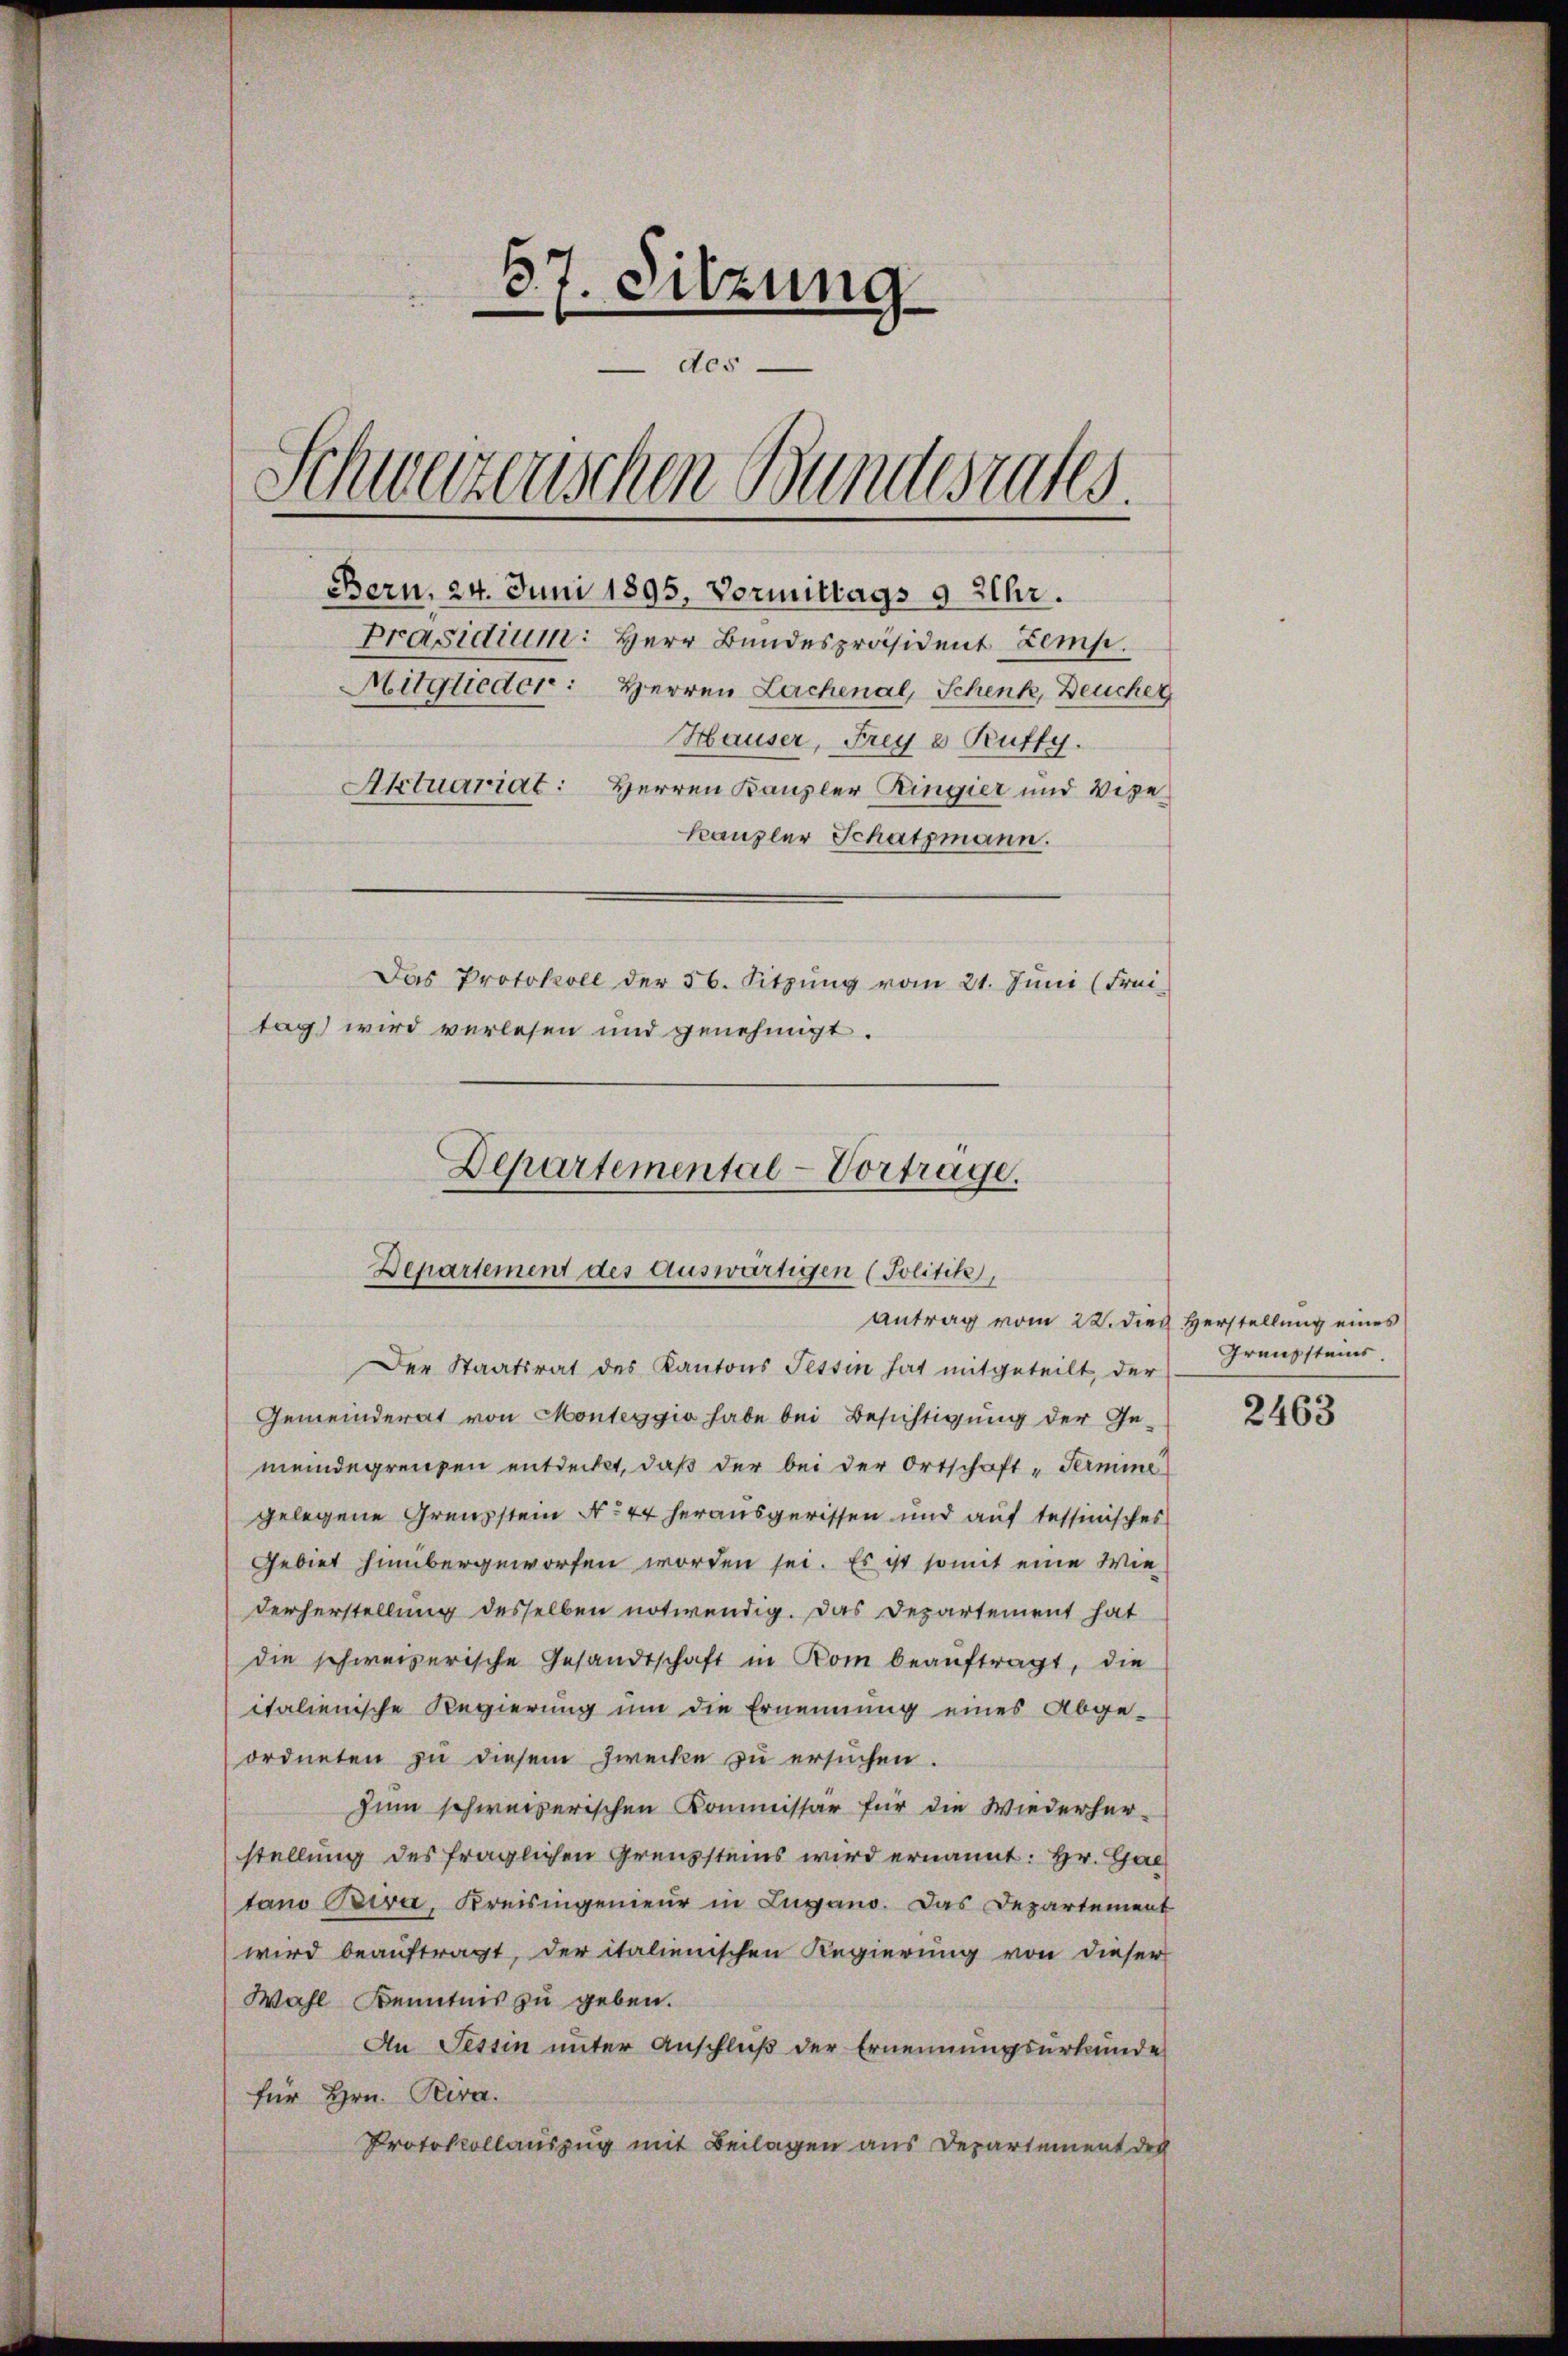
87. Sitzung
 des
.
3
1
Schwarzenschen Bundesrates.
Bern, 24. Juni 1895. Vormittags 9 Uhr.
Präsidium: Herr Bundespräsident Zemp.
Mitglieder: Herren Lachenal, Schenk, Deucher
Hauser, Frey 8 Rutty
Aktuariat: Herren Kanzler Ringier und Wege
Kanzler Schatzmann.
Das Protokoll der 56. Sitzŭng vom 21. Jŭni (Frei-
tag) wird verlesen und genehmigt.

Departemental-Vortrage.
Departement des Auswärtigen (Politik,
Antrag vom 22. dies Herstellung eines

Der Staatsrat des Kantons Tessin hat mitgeteilt, der
Gemeinderat von Monteggio habe bei Besichtigung der Ge-
meindegrenzen entdeckt, daß der bei der Ortschaft „Permine
gelegene Grenzstein No 44 herausgerissen und auf tessinisches
Gebiet hinübergeworfen worden sei. Es ist somit eine Wie
derherstellung desselben notwendig. Das Departement hat
die schweizerische Gesandtschaft in Kom beaŭftragt, die
italienische Regierung um die Ernennung eines Abge-
ordneten zu diesem Zwecke zu ersuchen.
Zum schweizerischen Kommissär für die Wiederher-
stellung des fraglichen Grenzsteins wird ernannt: Hr. Galtano Bira, Kreisingenieur in Lugano. Das Departement
wird beauftragt, der italienischen Regierung von dieser
Wahl Kenntnis zu geben.
An Tessin unter Anschluß der Ernennungsurkunde
für Hrn. Pira.
Protokollauszug mit Beilagen aus Departement der

Grenzsteins

2463